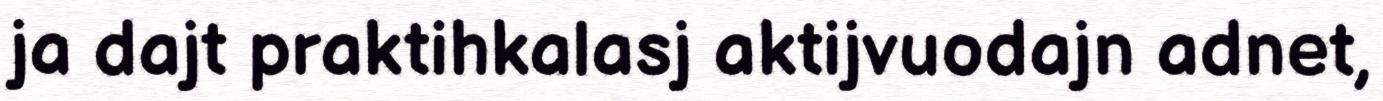
ja dajt praktihkalasj aktijvuodajn adnet,